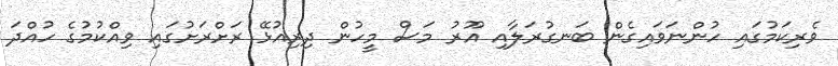
ވެރިކަމުގައި ހުންނަވައިގެން ބަނގުރަލާއި އޫރު މަސް މީހުން ދިރިއުޅޭ ރަށްރަށުގައި ވިއްކުމުގެ ހުއްދަ